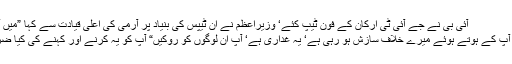
آئی بی نے جے آئی ٹی ارکان کے فون ٹیپ کئے‘ وزیراعظم نے ان ٹیپس کی بنیاد پر آرمی کی اعلیٰ قیادت سے کہا ”میں آپ کا سپریم
کمانڈر ہوں‘ آپ کے ہوتے ہوئے میرے خلاف سازش ہو رہی ہے‘ یہ غداری ہے‘ آپ ان لوگوں کو روکیں“ آپ کو یہ کرنے اور کہنے کی کیا ضرورت تھی؟